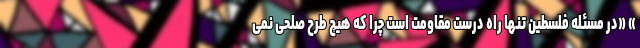
» «در مسئله فلسطین تنها راه درست مقاومت است چرا که هیچ طرح صلحی نمی